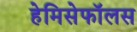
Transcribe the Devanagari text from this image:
हेमिसेफॉलस